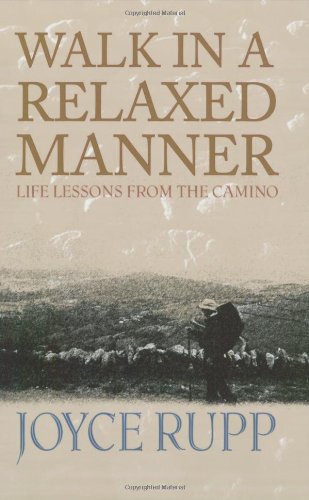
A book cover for Walk in a Relaxed Manner: Life Lessons from the Camino; Joyce Rupp; Travel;